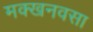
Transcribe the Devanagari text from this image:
मक्खनवसा